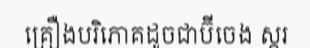
គ្រឿងបរិភោគដូចជាប៊ីចេង ស្ករ